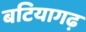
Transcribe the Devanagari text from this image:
बटियागढ़